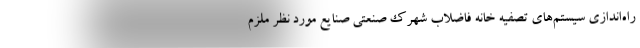
راه‌اندازی سیستم‌های تصفیه خانه فاضلاب شهرک صنعتی صنایع مورد نظر ملزم